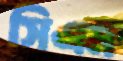
সিএম